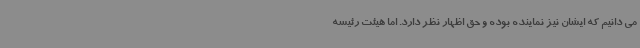
می دانیم که ایشان نیز نماینده بوده و حق اظهار نظر دارد. اما هیئت رئیسه